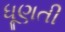
ધૂણતી